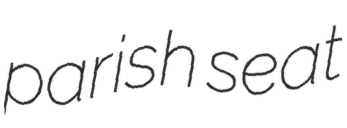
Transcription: parish seat